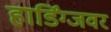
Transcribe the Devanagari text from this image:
हार्डिंग्जवर